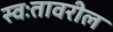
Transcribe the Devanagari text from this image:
स्वःतावरील